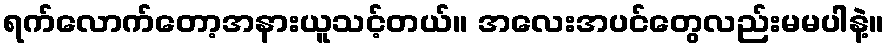
ရက်လောက်တော့အနားယူသင့်တယ်။ အလေးအပင်တွေလည်းမမပါနဲ့။